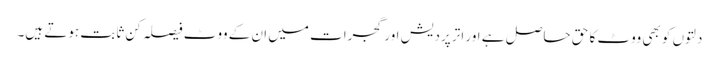
دلتوں کو بھی ووٹ کا حق حاصل ہے اور اتر پردیش اور گجرات میں ان کے ووٹ فیصلہ کن ثابت ہوتے ہیں۔